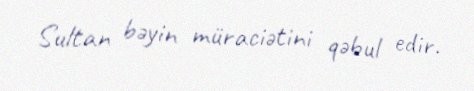
Sultan bəyin müraciətini qəbul edir.